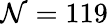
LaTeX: \mathcal{N}=119